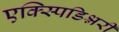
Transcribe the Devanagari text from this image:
एक्स्पिडिश्नरी